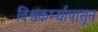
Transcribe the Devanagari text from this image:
विश्वकर्म्यापासून